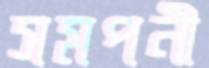
সমপনী